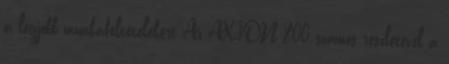
a legjobb munkafeltételekért Az AXION 800 számos részletével a